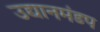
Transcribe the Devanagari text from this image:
उद्यानमंडप